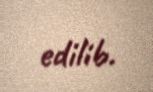
edilib.